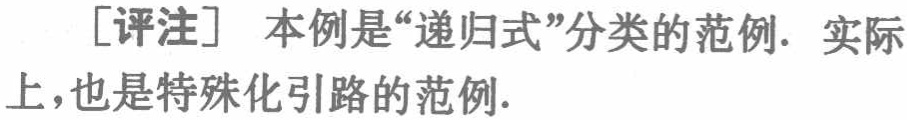
[评注] 本例是“递归式”分类的范例. 实际上,也是特殊化引路的范例.